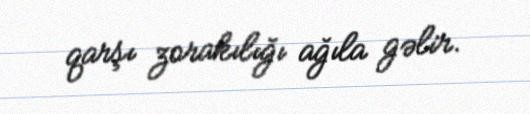
qarşı zorakılığı ağıla gəlir.